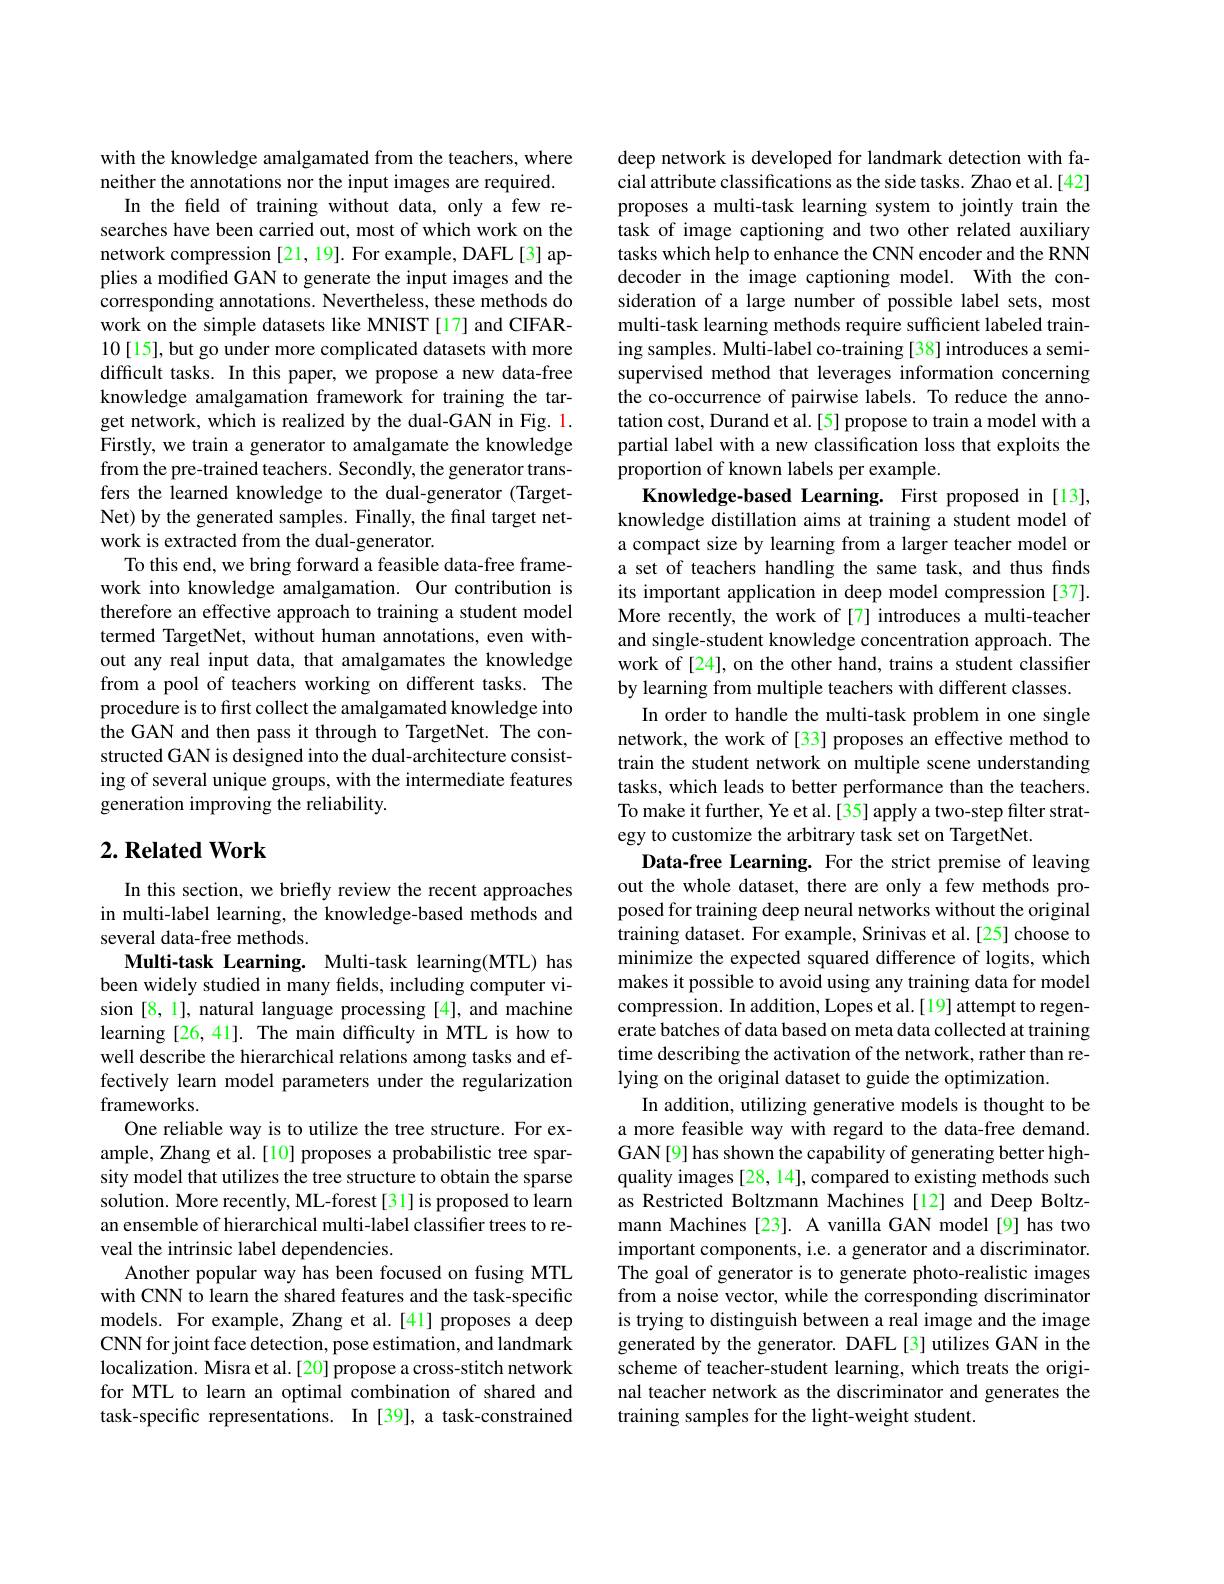
with the knowledge amalgamated from the teachers, where
neither the annotations nor the input images are required.
In the feld of training without data, only a few researches have been carried out, most of which work on the network compression [21, 19]. For example, DAFL [3] applies a modified GAN to generate the input images and the corresponding annotations. Nevertheless, these methods do work on the simple datasets like MNIST [17] and CIFAR- 10[15], but go under more complicated datasets with more difficult tasks. In this paper, we propose a new data-free knowledge amalgamation framework for training the target network, which is realized by the dual-GAN in Fig. 1. Firstly, we train a generator to amalgamate the knowledge from the pre-trained teachers. Secondly, the generator transfers the learned knowledge to the dual-generator (TargetNet) by the generated samples. Finally, the final target network is extracted from the dual-generator.
To this end, we bring forward a feasible data-free framework into knowledge amalgamation. Our contribution is therefore an effective approach to training a student model termed TargetNet, without human annotations, even without any real input data, that amalgamates the knowledge from a pool of teachers working on different tasks. The procedure is to first collect the amalgamated knowledge into the GAN and then pass it through to TargetNet. The constructed GAN is designed into the dual-architecture consisting of several unique groups, with the intermediate features generation improving the reliability.

### $2. \textbf{Related Work}$

In this section, we briefly review the recent approaches in multi-label learning, the knowledge-based methods and several data-free methods.
Multi-task Learning. Multi-task learning(MTL) has been widely studied in many frelds, including computer vision [8,1], natural language processing [4], and machine learning [26,41]. The main difficulty in MTL is how to well describe the hierarchical relations among tasks and effectively learn model parameters under the regularization frameworks.
One reliable way is to utilize the tree structure. For example, Zhang et al.[10] proposes a probabilistic tree sparsity model that utilizes the tree structure to obtain the sparse solution. More recently, ML-forest[31] is proposed to learn an ensemble of hierarchical multi-label classifier trees to reveal the intrinsic label dependencies.
Another popular way has been focused on fusing MTL with CNN to learn the shared features and the task-specific models. For example, Zhang et al.[41] proposes a deep CNN for joint face detection, pose estimation, and landmark localization. Misra et al.[20] propose a cross-stitch network for MTL to learn an optimal combination of shared and task-specific representations. In [39], a task-constrained

deep network is developed for landmark detection with facial attribute classifications as the side tasks. Zhao et al.[42] proposes a multi-task learning system to jointly train the task of image captioning and two other related auxiliary tasks which help to enhance the CNN encoder and the RNN decoder in the image captioning model. With the consideration of a large number of possible label sets, most multi-task learning methods require sufficient labeled training samples. Multi-label co-training [38] introduces a semisupervised method that leverages information concerning the co-occurrence of pairwise labels. To reduce the annotation cost, Durand et al.[5] propose to train a model with a partial label with a new classification loss that exploits the proportion of known labels per example.
Knowledge-based Learning. First proposed in [13], knowledge distillation aims at training a student model of a compact size by learning from a larger teacher model or a set of teachers handling the same task, and thus finds its important application in deep model compression [37]. More recently, the work of [7] introduces a multi-teacher and single-student knowledge concentration approach. The work of [24], on the other hand, trains a student classifier by learning from multiple teachers with different classes.
In order to handle the multi-task problem in one single network, the work of [33] proposes an effective method to train the student network on multiple scene understanding tasks, which leads to better performance than the teachers. To make it further, Ye et al.[35] apply a two-step filter strategy to customize the arbitrary task set on TargetNet.
Data-free Learning. For the strict premise of leaving out the whole dataset, there are only a few methods proposed for training deep neural networks without the original training dataset. For example, Srinivas et al.[25] choose to minimize the expected squared difference of logits, which makes it possible to avoid using any training data for model compression. In addition, Lopes et al.[19] attempt to regenerate batches of data based on meta data collected at training time describing the activation of the network, rather than relying on the original dataset to guide the optimization.
In addition, utilizing generative models is thought to be a more feasible way with regard to the data-free demand. GAN[9] has shown the capability of generating better highquality images [28, 14], compared to existing methods such as Restricted Boltzmann Machines[12] and Deep Boltzmann Machines [23]. A vanilla GAN model [9] has two important components, i.e. a generator and a discriminator. The goal of generator is to generate photo-realistic images from a noise vector, while the corresponding discriminator is trying to distinguish between a real image and the image generated by the generator. DAFL[3] utilizes GAN in the scheme of teacher-student learning, which treats the original teacher network as the discriminator and generates the training samples for the light-weight student.